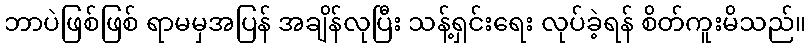
ဘာပဲဖြစ်ဖြစ် ရာမမှအပြန် အချိန်လုပြီး သန့်ရှင်းရေး လုပ်ခဲ့ရန် စိတ်ကူးမိသည်။